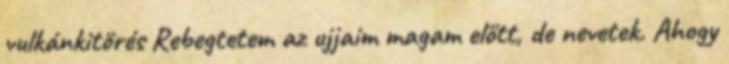
vulkánkitörés Rebegtetem az ujjaim magam előtt, de nevetek. Ahogy